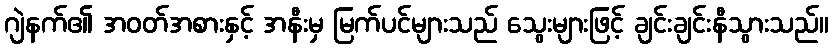
ဂျဲနက်၏ အဝတ်အစားနှင့် အနီးမှ မြက်ပင်များသည် သွေးများဖြင့် ချင်းချင်းနီသွားသည်။